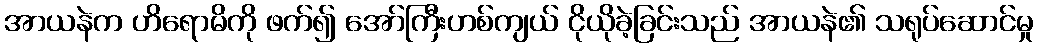
အာယနဲက ဟိရောမိကို ဖက်၍ အော်ကြီးဟစ်ကျယ် ငိုယိုခဲ့ခြင်းသည် အာယနဲ၏ သရုပ်ဆောင်မှု